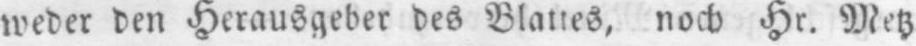
weder den Herausgeber des Blattes, noch Hr. Metz